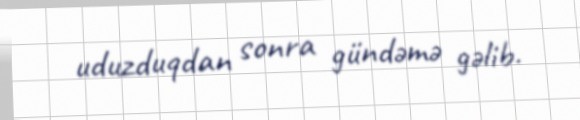
uduzduqdan sonra gündəmə gəlib.